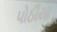
પોઠીયા